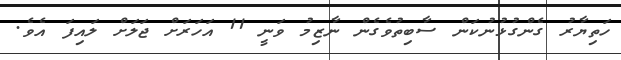
ހަތިޔާރު ގެންގުޅުނުކަން ސާބިތުވެގެން ނާޒިމު ވަނީ 11 އަހަރަށް ޖަލަށް ލައިފަ އެވެ.